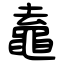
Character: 鼁